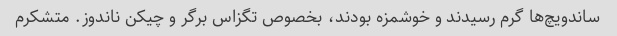
ساندویچ‌ها گرم رسیدند و خوشمزه بودند، بخصوص تگزاس برگر و چیکن ناندوز. متشکرم